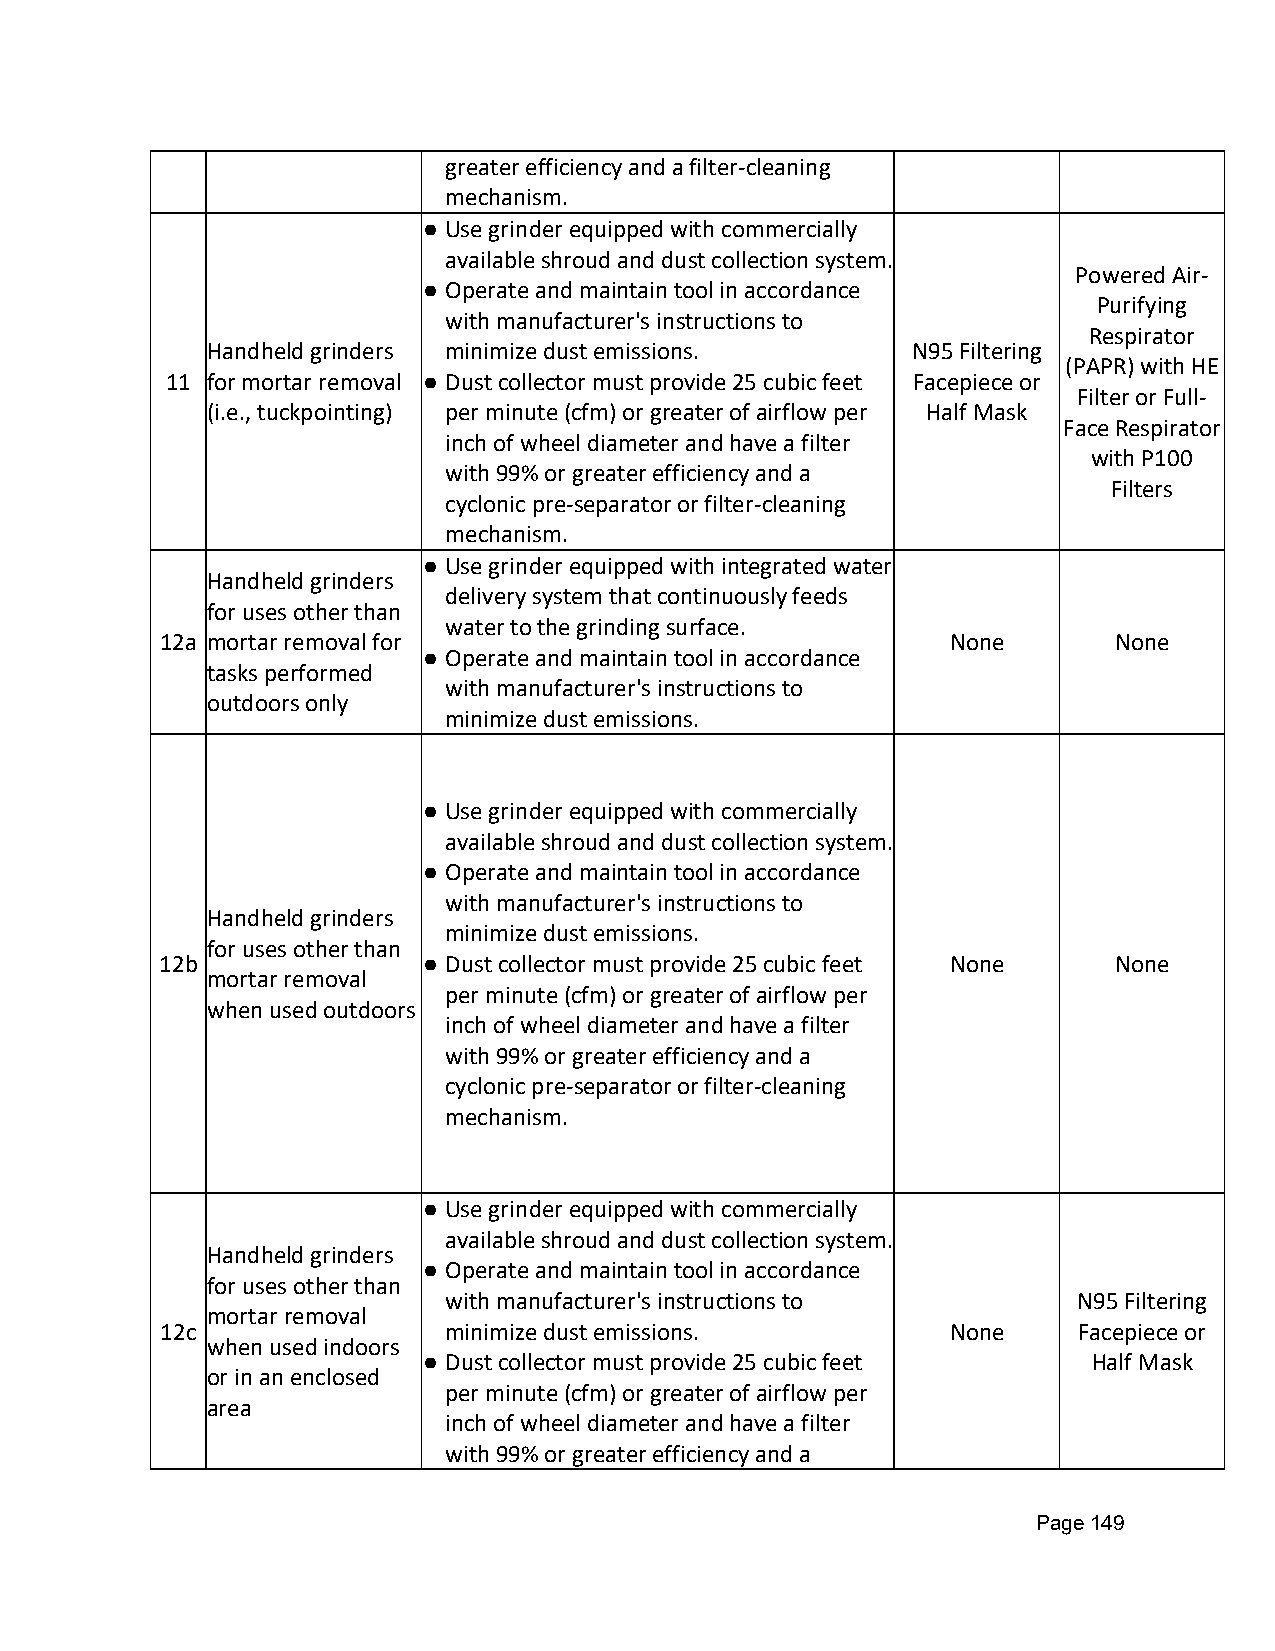
greater efficiency and a filter-cleaning
 mechanism.
 ● Use grinder equipped with commercially
 available shroud and dust collection system.
 Powered Air-
 ● Operate and maintain tool in accordance
 Purifying
 with manufacturer's instructions to
 Respirator
 Handheld grinders minimize dust emissions.    N95 Filtering
 (PAPR) with HE
 11 for mortar removal ● Dust collector must provide 25 cubic feet Facepiece or
 Filter or Full-
 (i.e., tuckpointing) per minute (cfm) or greater of airflow per Half Mask
 Face Respirator
 inch of wheel diameter and have a filter
 with P100
 with 99% or greater efficiency and a
 Filters
 cyclonic pre-separator or filter-cleaning
 mechanism.
 ● Use grinder equipped with integrated water
 Handheld grinders
 delivery system that continuously feeds
 for uses other than
 water to the grinding surface.
 12a mortar removal for                              None       None
 ● Operate and maintain tool in accordance
 tasks performed
 with manufacturer's instructions to
 outdoors only
 minimize dust emissions.
 ● Use grinder equipped with commercially
 available shroud and dust collection system.
 ● Operate and maintain tool in accordance
 with manufacturer's instructions to
 Handheld grinders
 minimize dust emissions.
 for uses other than
 12b              ● Dust collector must provide 25 cubic feet None None
 mortar removal
 per minute (cfm) or greater of airflow per
 when used outdoors
 inch of wheel diameter and have a filter
 with 99% or greater efficiency and a
 cyclonic pre-separator or filter-cleaning
 mechanism.
 ● Use grinder equipped with commercially
 available shroud and dust collection system.
 Handheld grinders
 ● Operate and maintain tool in accordance
 for uses other than
 with manufacturer's instructions to       N95 Filtering
 mortar removal
 12c               minimize dust emissions.          None    Facepiece or
 when used indoors
 ● Dust collector must provide 25 cubic feet Half Mask
 or in an enclosed
 per minute (cfm) or greater of airflow per
 area
 inch of wheel diameter and have a filter
 with 99% or greater efficiency and a
 Page 149